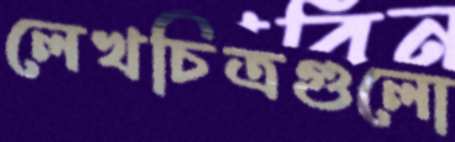
লেখচিত্রগুলো